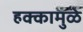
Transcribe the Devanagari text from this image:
हक्कामुळे